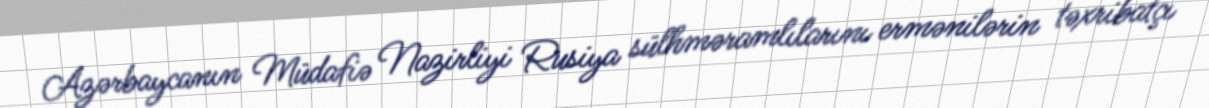
Azərbaycanın Müdafiə Nazirliyi Rusiya sülhməramlılarını ermənilərin təxribatçı